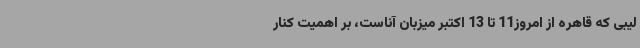
لیبی که قاهره از امروز11 تا 13 اکتبر میزبان آناست، بر اهمیت کنار